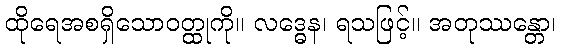
ထိုရေအစရှိသောဝတ္ထုကို။ လဒ္ဓေန၊ ရသဖြင့်။ အတုဿန္တော၊